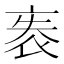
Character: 袠